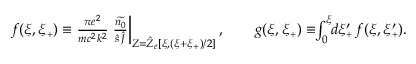
\begin{array} { r } { f ( \xi , \xi _ { { \scriptscriptstyle + } } ) \equiv \frac { \pi e ^ { 2 } } { m c ^ { 2 } k ^ { 2 } } \left. \frac { \widetilde { n _ { 0 } } } { \hat { s } \, \hat { J } } \right\vert _ { Z = \hat { Z } _ { e } \left[ \xi , ( \xi + \xi _ { { \scriptscriptstyle + } } ) / 2 \right] } , \qquad g ( \xi , \xi _ { { \scriptscriptstyle + } } ) \equiv \! \! \int _ { 0 } ^ { \xi } \! \! d \xi _ { { \scriptscriptstyle + } } ^ { \prime } \, f ( \xi , \xi _ { { \scriptscriptstyle + } } ^ { \prime } ) . } \end{array}